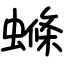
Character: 螩